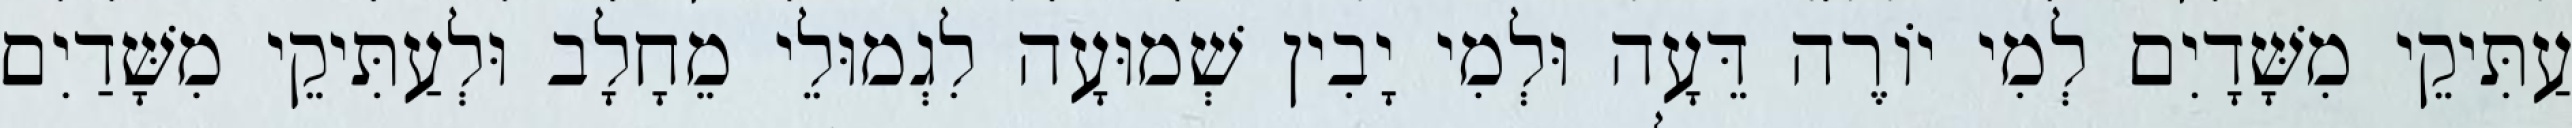
עַתִּיקֵי מִשָּׁדָיִם לְמִי יוֹרֶה דֵּעָה וּלְמִי יָבִין שְׁמוּעָה לִגְמוּלֵי מֵחָלָב וּלְעַתִּיקֵי מִשָּׁדַיִם